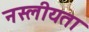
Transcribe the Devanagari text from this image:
नस्लीयता